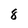
Character: 8